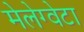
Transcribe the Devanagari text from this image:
मेलेग्वेटा